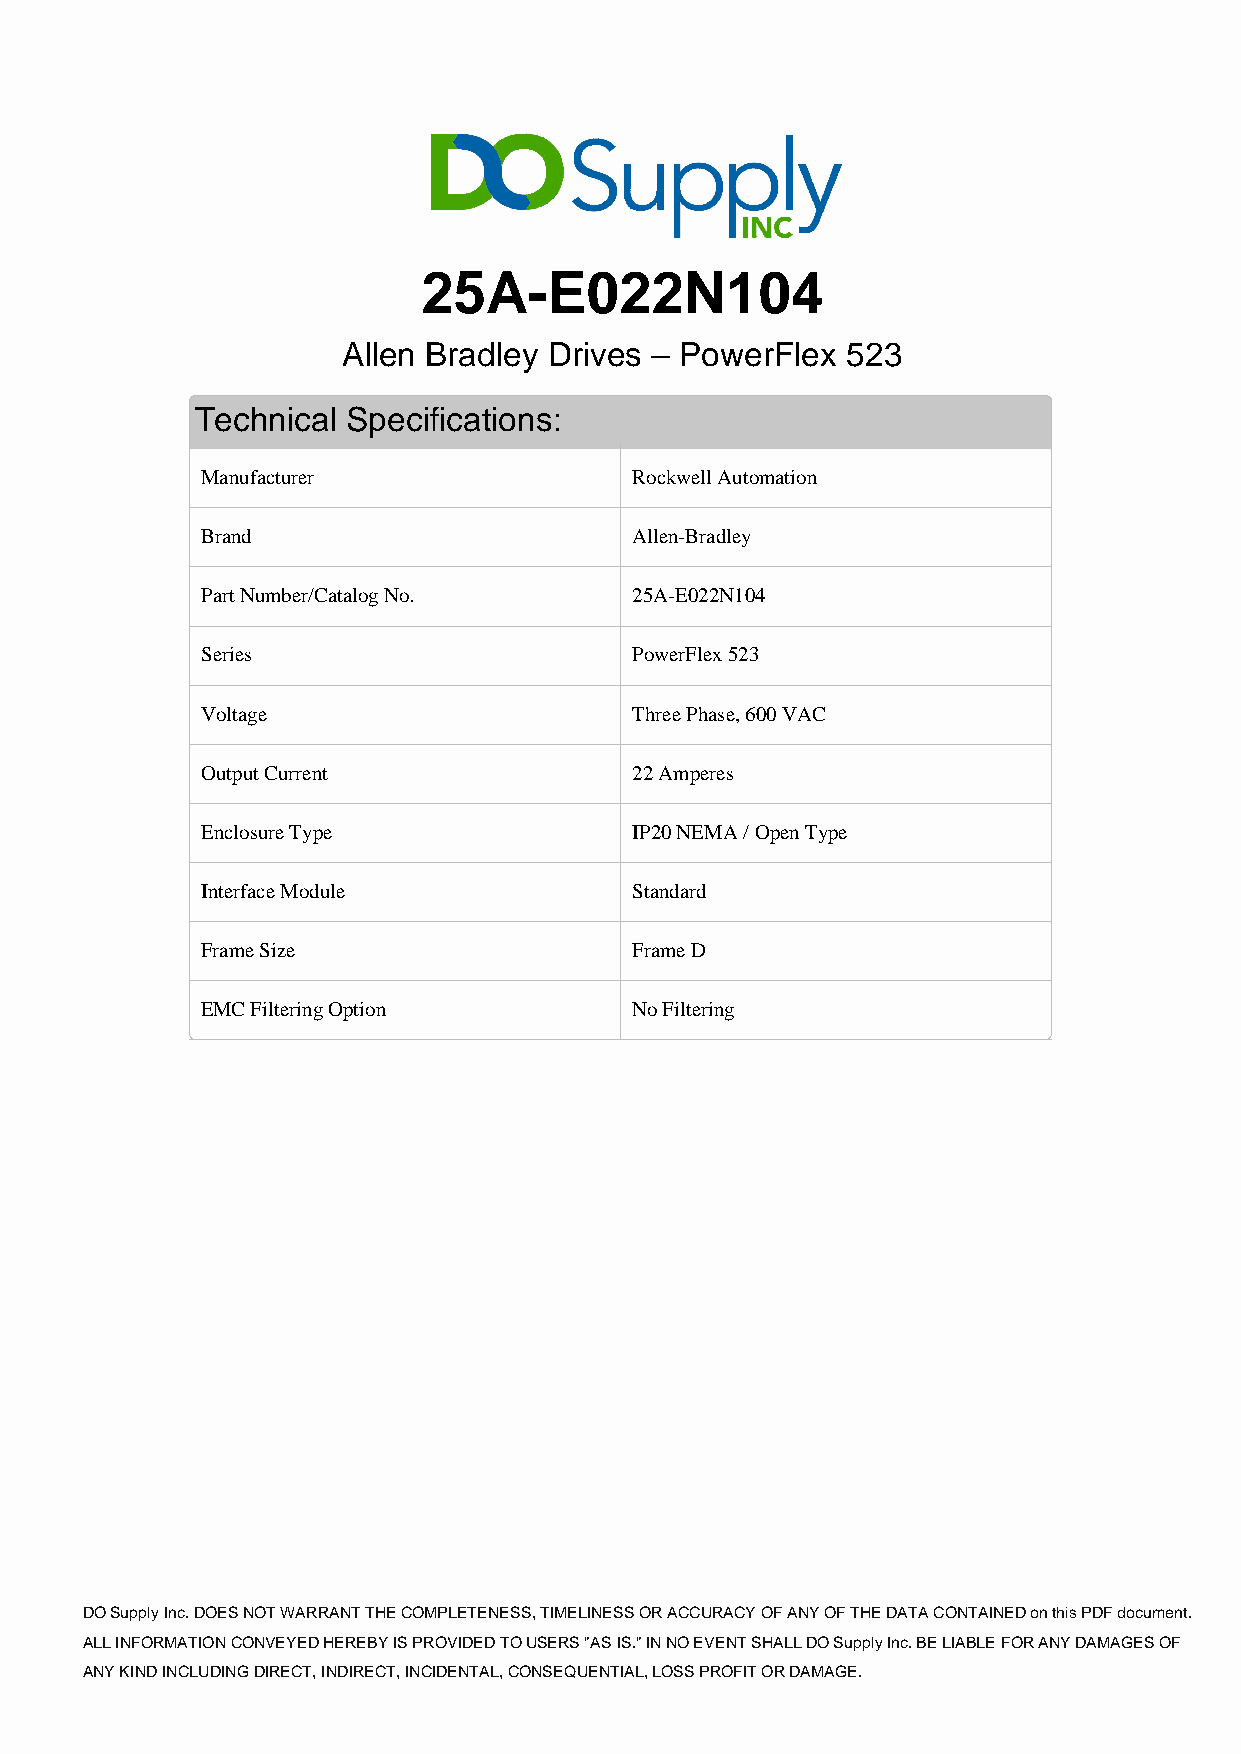
25A-E022N104
 Allen Bradley Drives – PowerFlex 523
 Technical Specifications:
 Manufacturer                 Rockwell Automation
 Brand                        Allen-Bradley
 Part Number/Catalog No.      25A-E022N104
 Series                       PowerFlex 523
 Voltage                      Three Phase, 600 VAC
 Output Current               22 Amperes
 Enclosure Type               IP20 NEMA / Open Type
 Interface Module             Standard
 Frame Size                   Frame D
 EMC Filtering Option         No Filtering
 DO Supply Inc. DOES NOT WARRANT THE COMPLETENESS, TIMELINESS OR ACCURACY OF ANY OF THE DATA CONTAINED on this PDF document.
 ALL INFORMATION CONVEYED HEREBY IS PROVIDED TO USERS "AS IS." IN NO EVENT SHALL DO Supply Inc. BE LIABLE FOR ANY DAMAGES OF
 ANY KIND INCLUDING DIRECT, INDIRECT, INCIDENTAL, CONSEQUENTIAL, LOSS PROFIT OR DAMAGE.